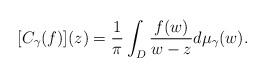
LaTeX: \begin{align*}[C_{\gamma}(f)](z)&=\dfrac{1}{\pi} \int_{D }\dfrac{f(w)}{w-z}d\mu_{\gamma}(w).\end{align*}